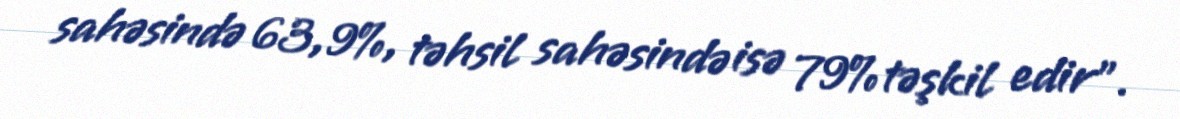
sahəsində 63,9%, təhsil sahəsində isə 79% təşkil edir”.